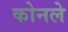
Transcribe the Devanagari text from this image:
कोनले